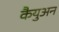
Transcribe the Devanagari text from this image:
कैयुअन